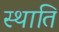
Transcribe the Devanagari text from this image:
स्थाति